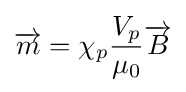
{\overrightarrow {m}}=\chi _{p}{\frac {V_{p}}{\mu _{0}}}{\overrightarrow {B}}